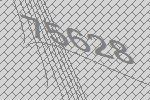
75628